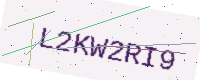
Text: L2KW2RI9